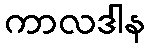
ကာလဒါန